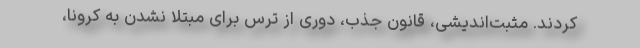
کردند. مثبت‌اندیشی، قانون جذب، دوری از ترس برای مبتلا نشدن به کرونا،